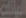
المالك